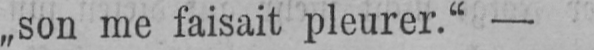
„son me faisait pleurer.“-